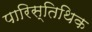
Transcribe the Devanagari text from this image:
पारिस्तिथिक